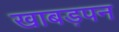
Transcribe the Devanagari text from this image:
खाबड़पन